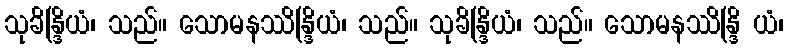
သုခိန္ဒြိယံ၊ သည်။ သောမနဿိန္ဒြိယံ၊ သည်။ သုခိန္ဒြိယံ၊ သည်။ သောမနဿိန္ဒြိ ယံ၊